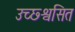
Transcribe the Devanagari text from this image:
उच्छ्श्वसित